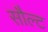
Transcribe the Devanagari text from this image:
सौल्ट